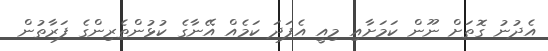
އެދުނު ގޮތަށް ނޫން ކަމަށާއި މިއީ އެފަދަ ކަމެއް އޭނާގެ ކުޅުންތެރިންގެ ފަރާތުން